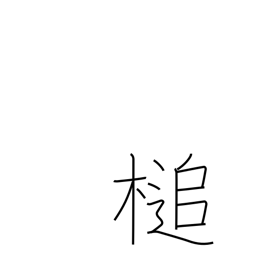
Meaning: hammer